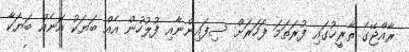
ރާއްޖޭގެ ތާރީޚުގައި ފުރަތަމަ ފަހަރަށް ސިފައިންނާއި ފުލުހުން އެއް ބަޔަކު އަނެއް ބަޔަކާ